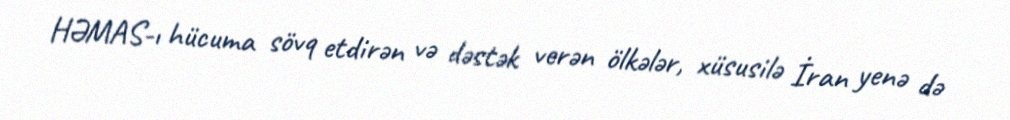
HƏMAS-ı hücuma sövq etdirən və dəstək verən ölkələr, xüsusilə İran yenə də